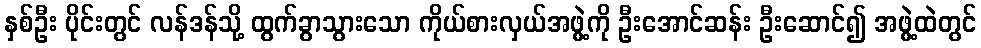
နှစ်ဦး ပိုင်းတွင် လန်ဒန်သို့ ထွက်ခွာသွားသော ကိုယ်စားလှယ်အဖွဲ့ကို ဦးအောင်ဆန်း ဦးဆောင်၍ အဖွဲ့ထဲတွင်